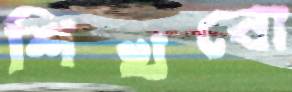
শিখবো